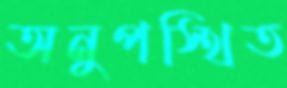
অনুপস্থিত